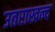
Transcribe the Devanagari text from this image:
उतराखन्द